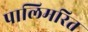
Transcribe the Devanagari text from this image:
पालिमरित